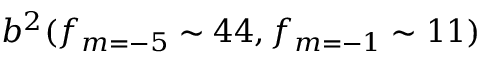
b ^ { 2 } ( f _ { m = - 5 } \sim 4 4 , f _ { m = - 1 } \sim 1 1 )